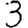
Digit: 3